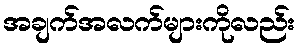
အချက်အလက်များကိုလည်း